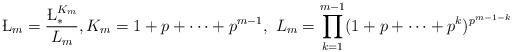
LaTeX: \begin{align*}\L_m=\frac{\L_\ast^{K_m}}{L_m},K_m=1+p+\cdots+p^{m-1},\,\, L_m=\prod_{k=1}^{m-1}(1+p+\cdots+p^k)^{p^{m-1-k}}\end{align*}